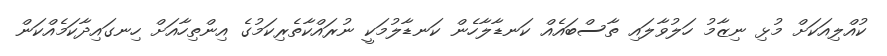
ކުއްލިއަކަށް މުޅި ނިޒާމު ހަލުވާލައި ތާސްބައެއް ކަނޑާލާހެން ކަނޑާލުމަކީ ނުރައްކާތެރިކަމުގެ އިންތިހާއަށް ހިނގައިދާކަމެއްކަން